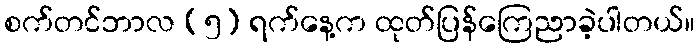
စက်တင်ဘာလ (၅) ရက်နေ့က ထုတ်ပြန်ကြေညာခဲ့ပါတယ်။